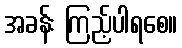
အခန်း ကြည့်ပါရစေ။